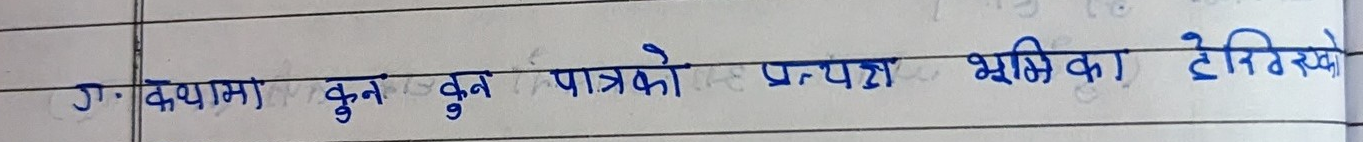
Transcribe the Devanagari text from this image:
ग. कथामा कुन कुन पात्रको प्रत्यक्ष भूमिका टेरिएको